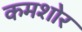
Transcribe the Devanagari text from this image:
कमशोर